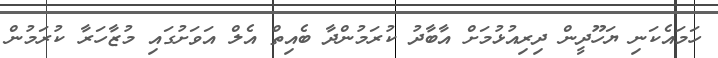
ހަމައެކަނި ޔަހޫދީން ދިރިއުޅުމަށް އާބާދު ކުރަމުންދާ ބެއިތް އެލް އަވަށުގައި މުޒާހަރާ ކުރަމުން